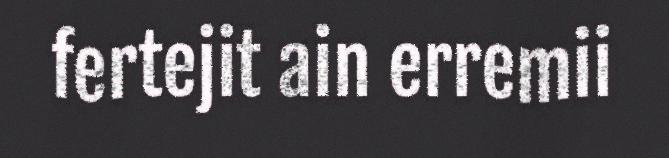
fertejit ain erremii